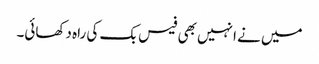
میں نے انہیں بھی فیس بک کی راہ دکھائی۔